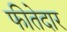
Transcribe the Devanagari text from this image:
फीतेदार